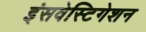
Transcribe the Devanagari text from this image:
इंसवेस्टिगेशन